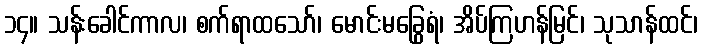
၁၄။ သန်းခေါင်ကာလ၊ စက်ရာထသော်၊ မောင်းမခြွေရံ၊ အိပ်ကြဟန်မြင်၊ သုသာန်ထင်၊